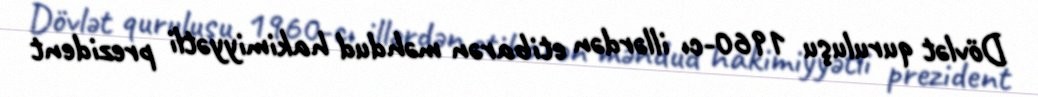
Dövlət quruluşu 1960-cı illərdən etibarən məhdud hakimiyyətli prezident